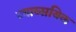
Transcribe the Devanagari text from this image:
व्याव्सयिक